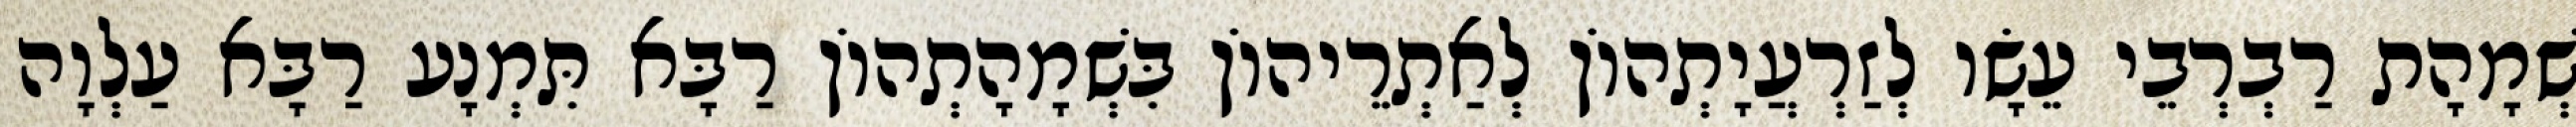
שְׁמָהָת רַבְרְבֵי עֵשָׂו לְזַרְעֲיָתְהוֹן לְאַתְרֵיהוֹן בִּשְׁמָהָתְהוֹן רַבָּא תִּמְנָע רַבָּא עַלְוָה